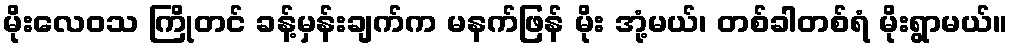
မိုးလေဝသ ကြိုတင် ခန့်မှန်းချက်က မနက်ဖြန် မိုး အုံ့မယ်၊ တစ်ခါတစ်ရံ မိုးရွာမယ်။